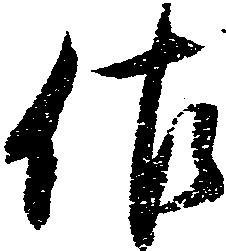
佐